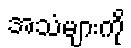
အသံများကို